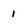
Character: 1